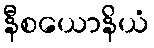
နီစယောနိယံ